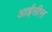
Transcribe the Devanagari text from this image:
आईसीस